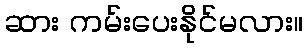
ဆား ကမ်းပေးနိုင်မလား။